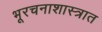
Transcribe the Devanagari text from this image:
भूरचनाशास्त्रात